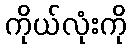
ကိုယ်လုံးကို